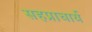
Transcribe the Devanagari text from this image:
सहप्राचार्य